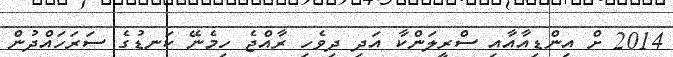
2014 ށް އިންޑިއާއާއި ސްރީލަންކާ އަދި ދިވެހި ރާއްޖެ ހިމެނޭ ކަނޑުގެ ސަރަހައްދުން